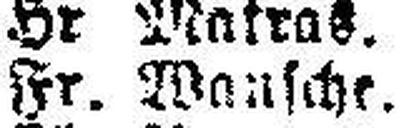
Fr. Mansche.